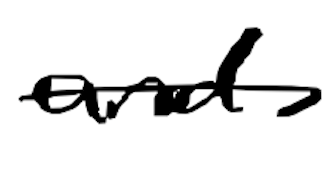
Text: and
Cross-out: single-line
Writing tool: digital_black